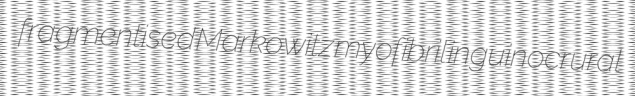
fragmentised Markowitz myofibril inguinocrural